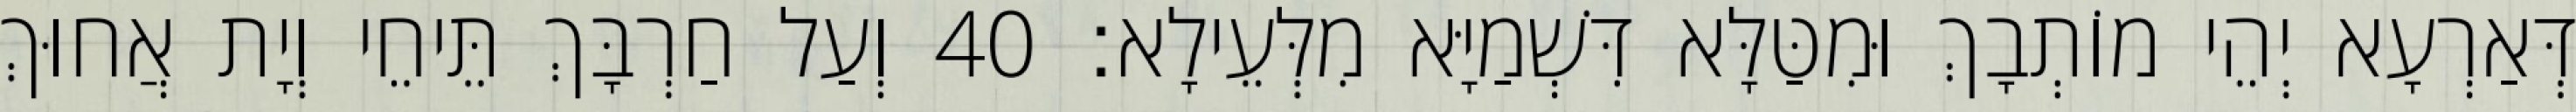
דְּאַרְעָא יְהֵי מוֹתְבָךְ וּמִטַּלָּא דִּשְׁמַיָּא מִלְּעֵילָא׃ 40 וְעַל חַרְבָּךְ תֵּיחֵי וְיָת אֲחוּךְ